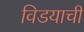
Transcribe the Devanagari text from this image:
विडयाची